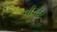
વીરોદર